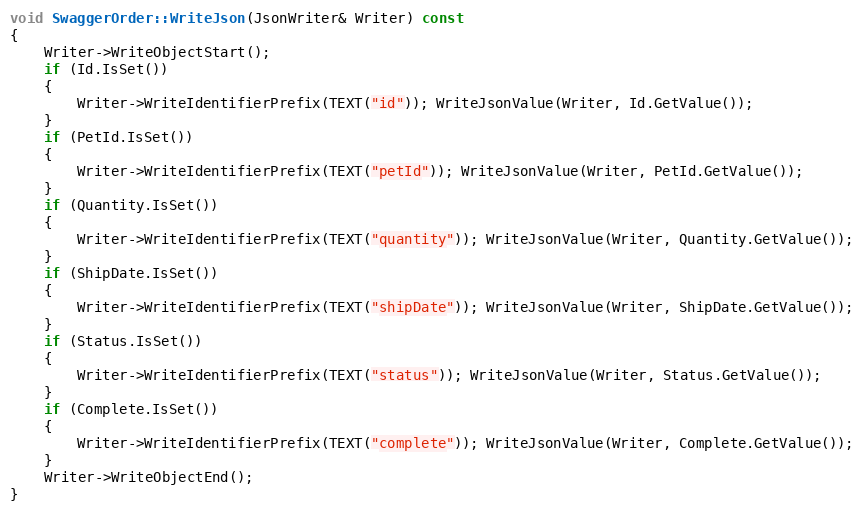
Language: C++
void SwaggerOrder::WriteJson(JsonWriter& Writer) const
{
	Writer->WriteObjectStart();
	if (Id.IsSet())
	{
		Writer->WriteIdentifierPrefix(TEXT("id")); WriteJsonValue(Writer, Id.GetValue());
	}
	if (PetId.IsSet())
	{
		Writer->WriteIdentifierPrefix(TEXT("petId")); WriteJsonValue(Writer, PetId.GetValue());
	}
	if (Quantity.IsSet())
	{
		Writer->WriteIdentifierPrefix(TEXT("quantity")); WriteJsonValue(Writer, Quantity.GetValue());
	}
	if (ShipDate.IsSet())
	{
		Writer->WriteIdentifierPrefix(TEXT("shipDate")); WriteJsonValue(Writer, ShipDate.GetValue());
	}
	if (Status.IsSet())
	{
		Writer->WriteIdentifierPrefix(TEXT("status")); WriteJsonValue(Writer, Status.GetValue());
	}
	if (Complete.IsSet())
	{
		Writer->WriteIdentifierPrefix(TEXT("complete")); WriteJsonValue(Writer, Complete.GetValue());
	}
	Writer->WriteObjectEnd();
}